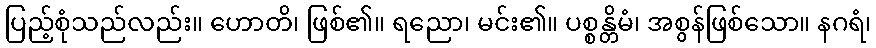
ပြည့်စုံသည်လည်း။ ဟောတိ၊ ဖြစ်၏။ ရညော၊ မင်း၏။ ပစ္စန္တိမံ၊ အစွန်ဖြစ်သော။ နဂရံ၊